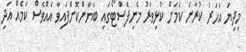
މިދިޔަ އަހަރު ކުރާނެ ކަމަށް ކުޅިވަރު މެނިފެސްޓޯގައި ބަޔާންކޮށްފައިވާ އެއްވެސް ކަމެއް އަދި